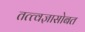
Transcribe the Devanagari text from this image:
तत्त्वज्ञासोबत